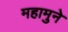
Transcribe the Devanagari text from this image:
महामुने